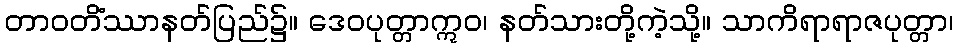
တာဝတိံဿာနတ်ပြည်၌။ ဒေဝပုတ္တာဣဝ၊ နတ်သားတို့ကဲ့သို့။ သာကိရာရာဇပုတ္တာ၊